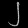
Digit: ၂